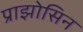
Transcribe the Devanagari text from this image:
प्राझोसिन